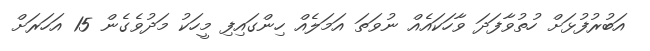
އަބުރުފުޅަށް ހުތުވާފަދަ ވާހަކައެއް ނުވަތަ އަމަލެއް ހިންގައިފި މީހަކު މަދުވެގެން 15 އަހަރަށް